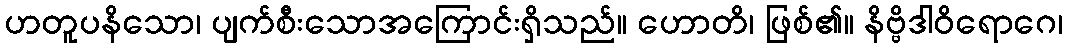
ဟတူပနိသော၊ ပျက်စီးသောအကြောင်းရှိသည်။ ဟောတိ၊ ဖြစ်၏။ နိဗ္ဗိဒါဝိရောဂေ၊